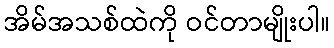
အိမ်အသစ်ထဲကို ဝင်တာမျိုးပါ။